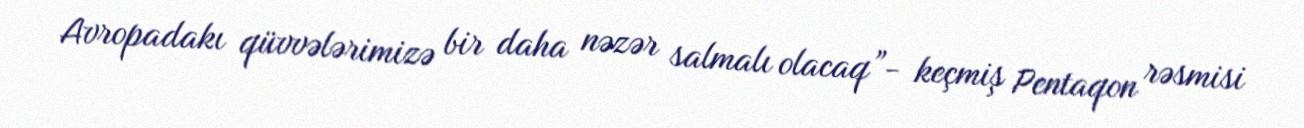
Avropadakı qüvvələrimizə bir daha nəzər salmalı olacaq”- keçmiş Pentaqon rəsmisi